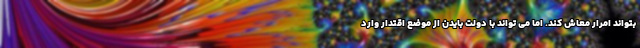
بتواند امرار معاش کند. اما می تواند با دولت بایدن از موضع اقتدار وارد